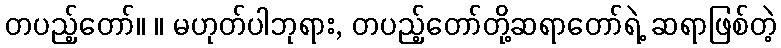
တပည့်တော်။ ။ မဟုတ်ပါဘုရား, တပည့်တော်တို့ဆရာတော်ရဲ့ ဆရာဖြစ်တဲ့